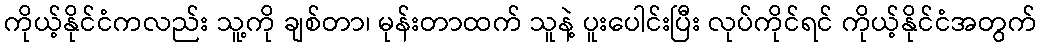
ကိုယ့်နိုင်ငံကလည်း သူ့ကို ချစ်တာ၊ မုန်းတာထက် သူနဲ့ ပူးပေါင်းပြီး လုပ်ကိုင်ရင် ကိုယ့်နိုင်ငံအတွက်